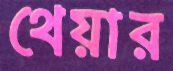
থেয়ার